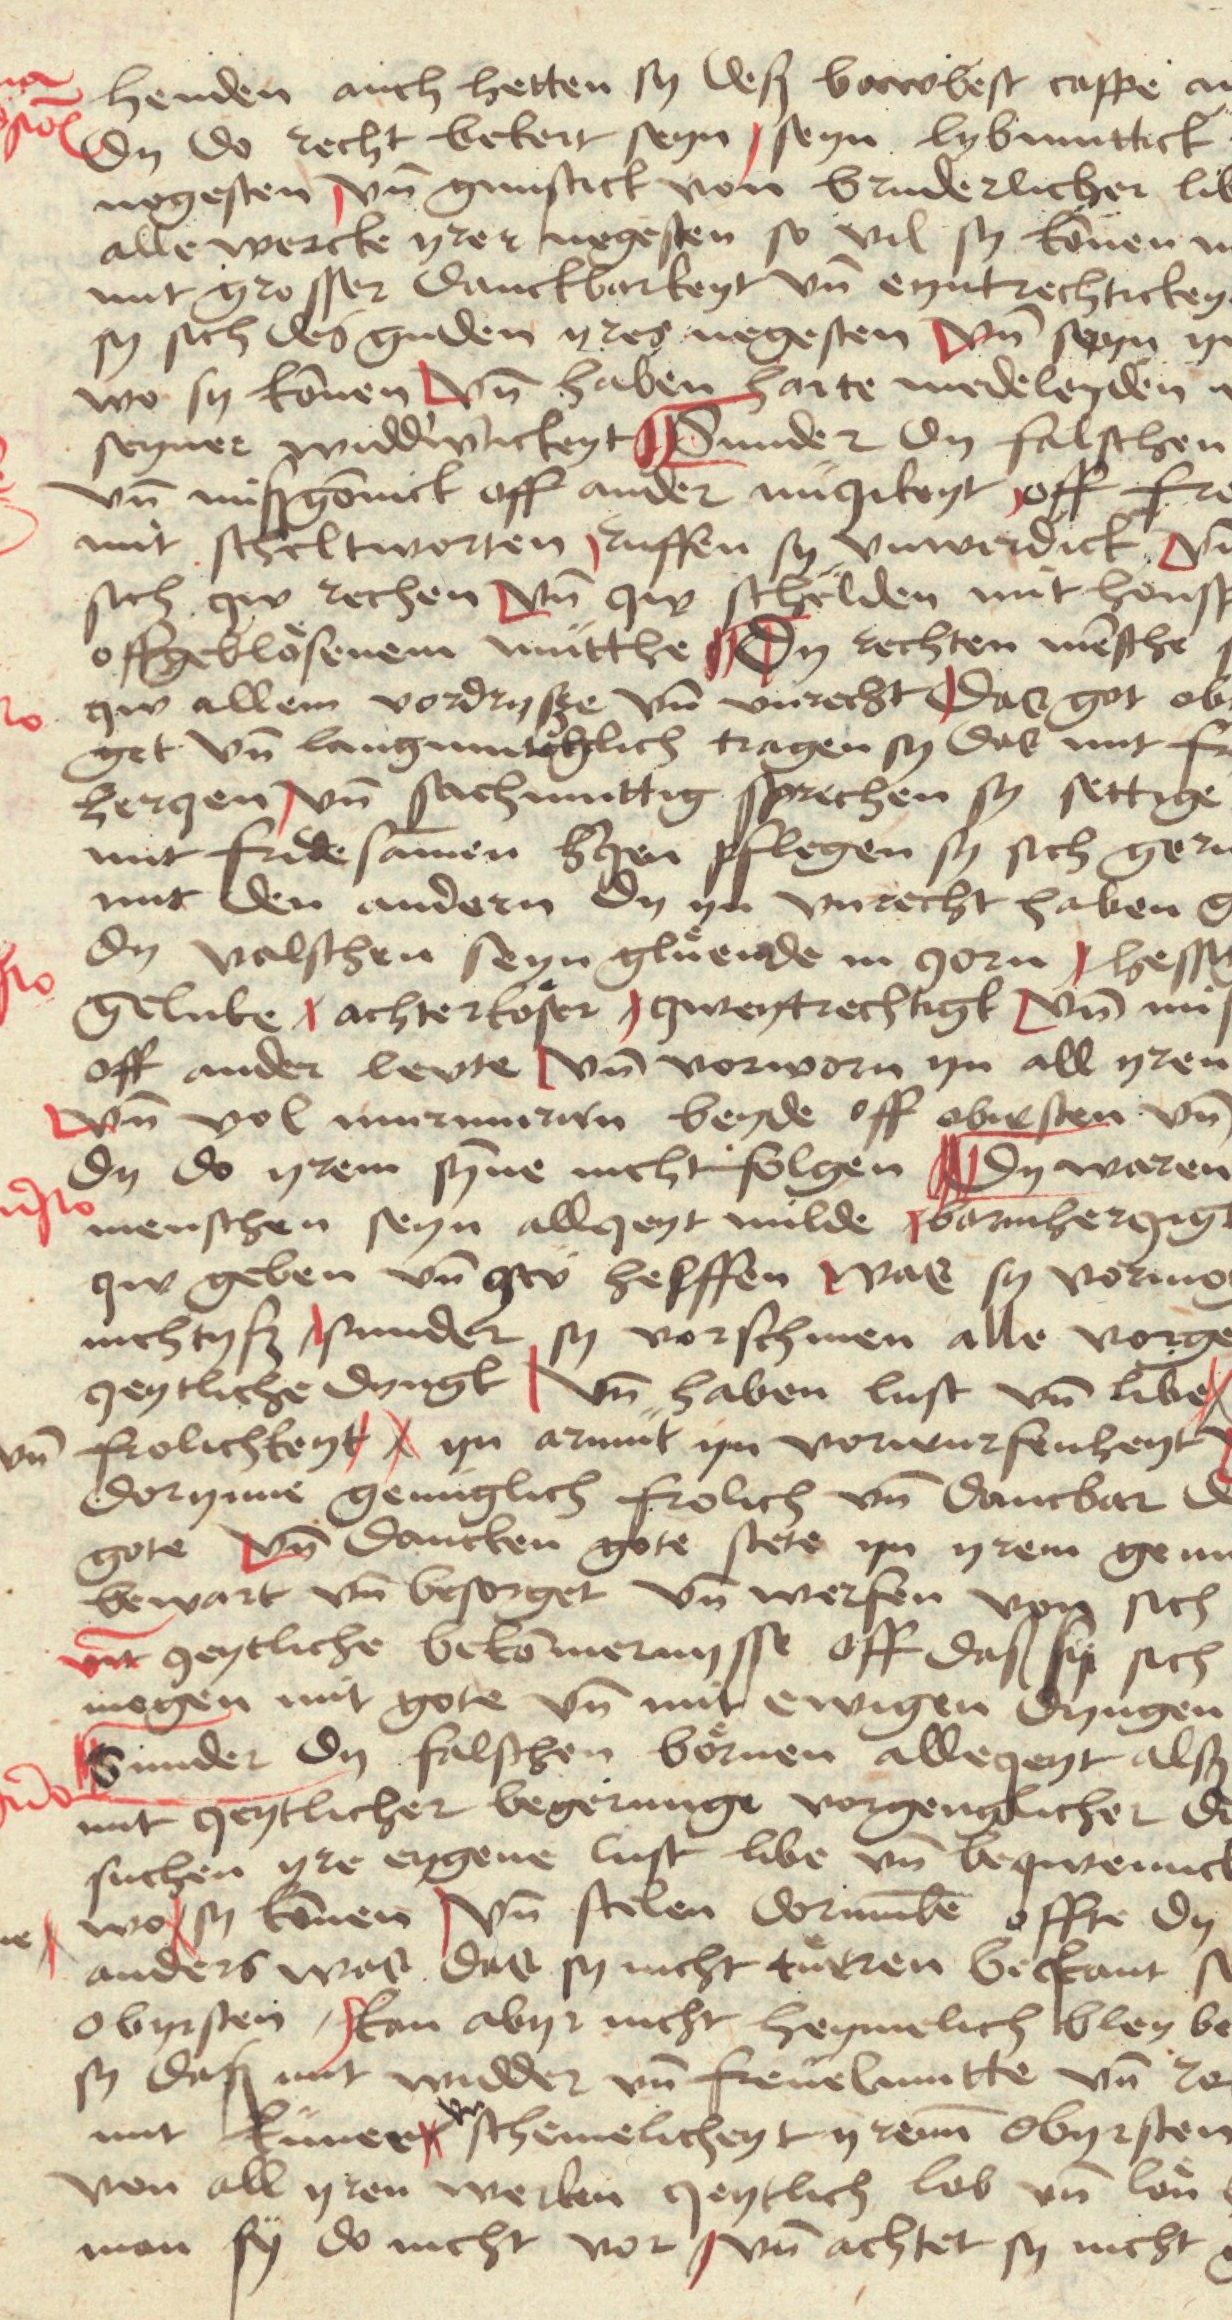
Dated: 1480–1499